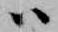
ハ